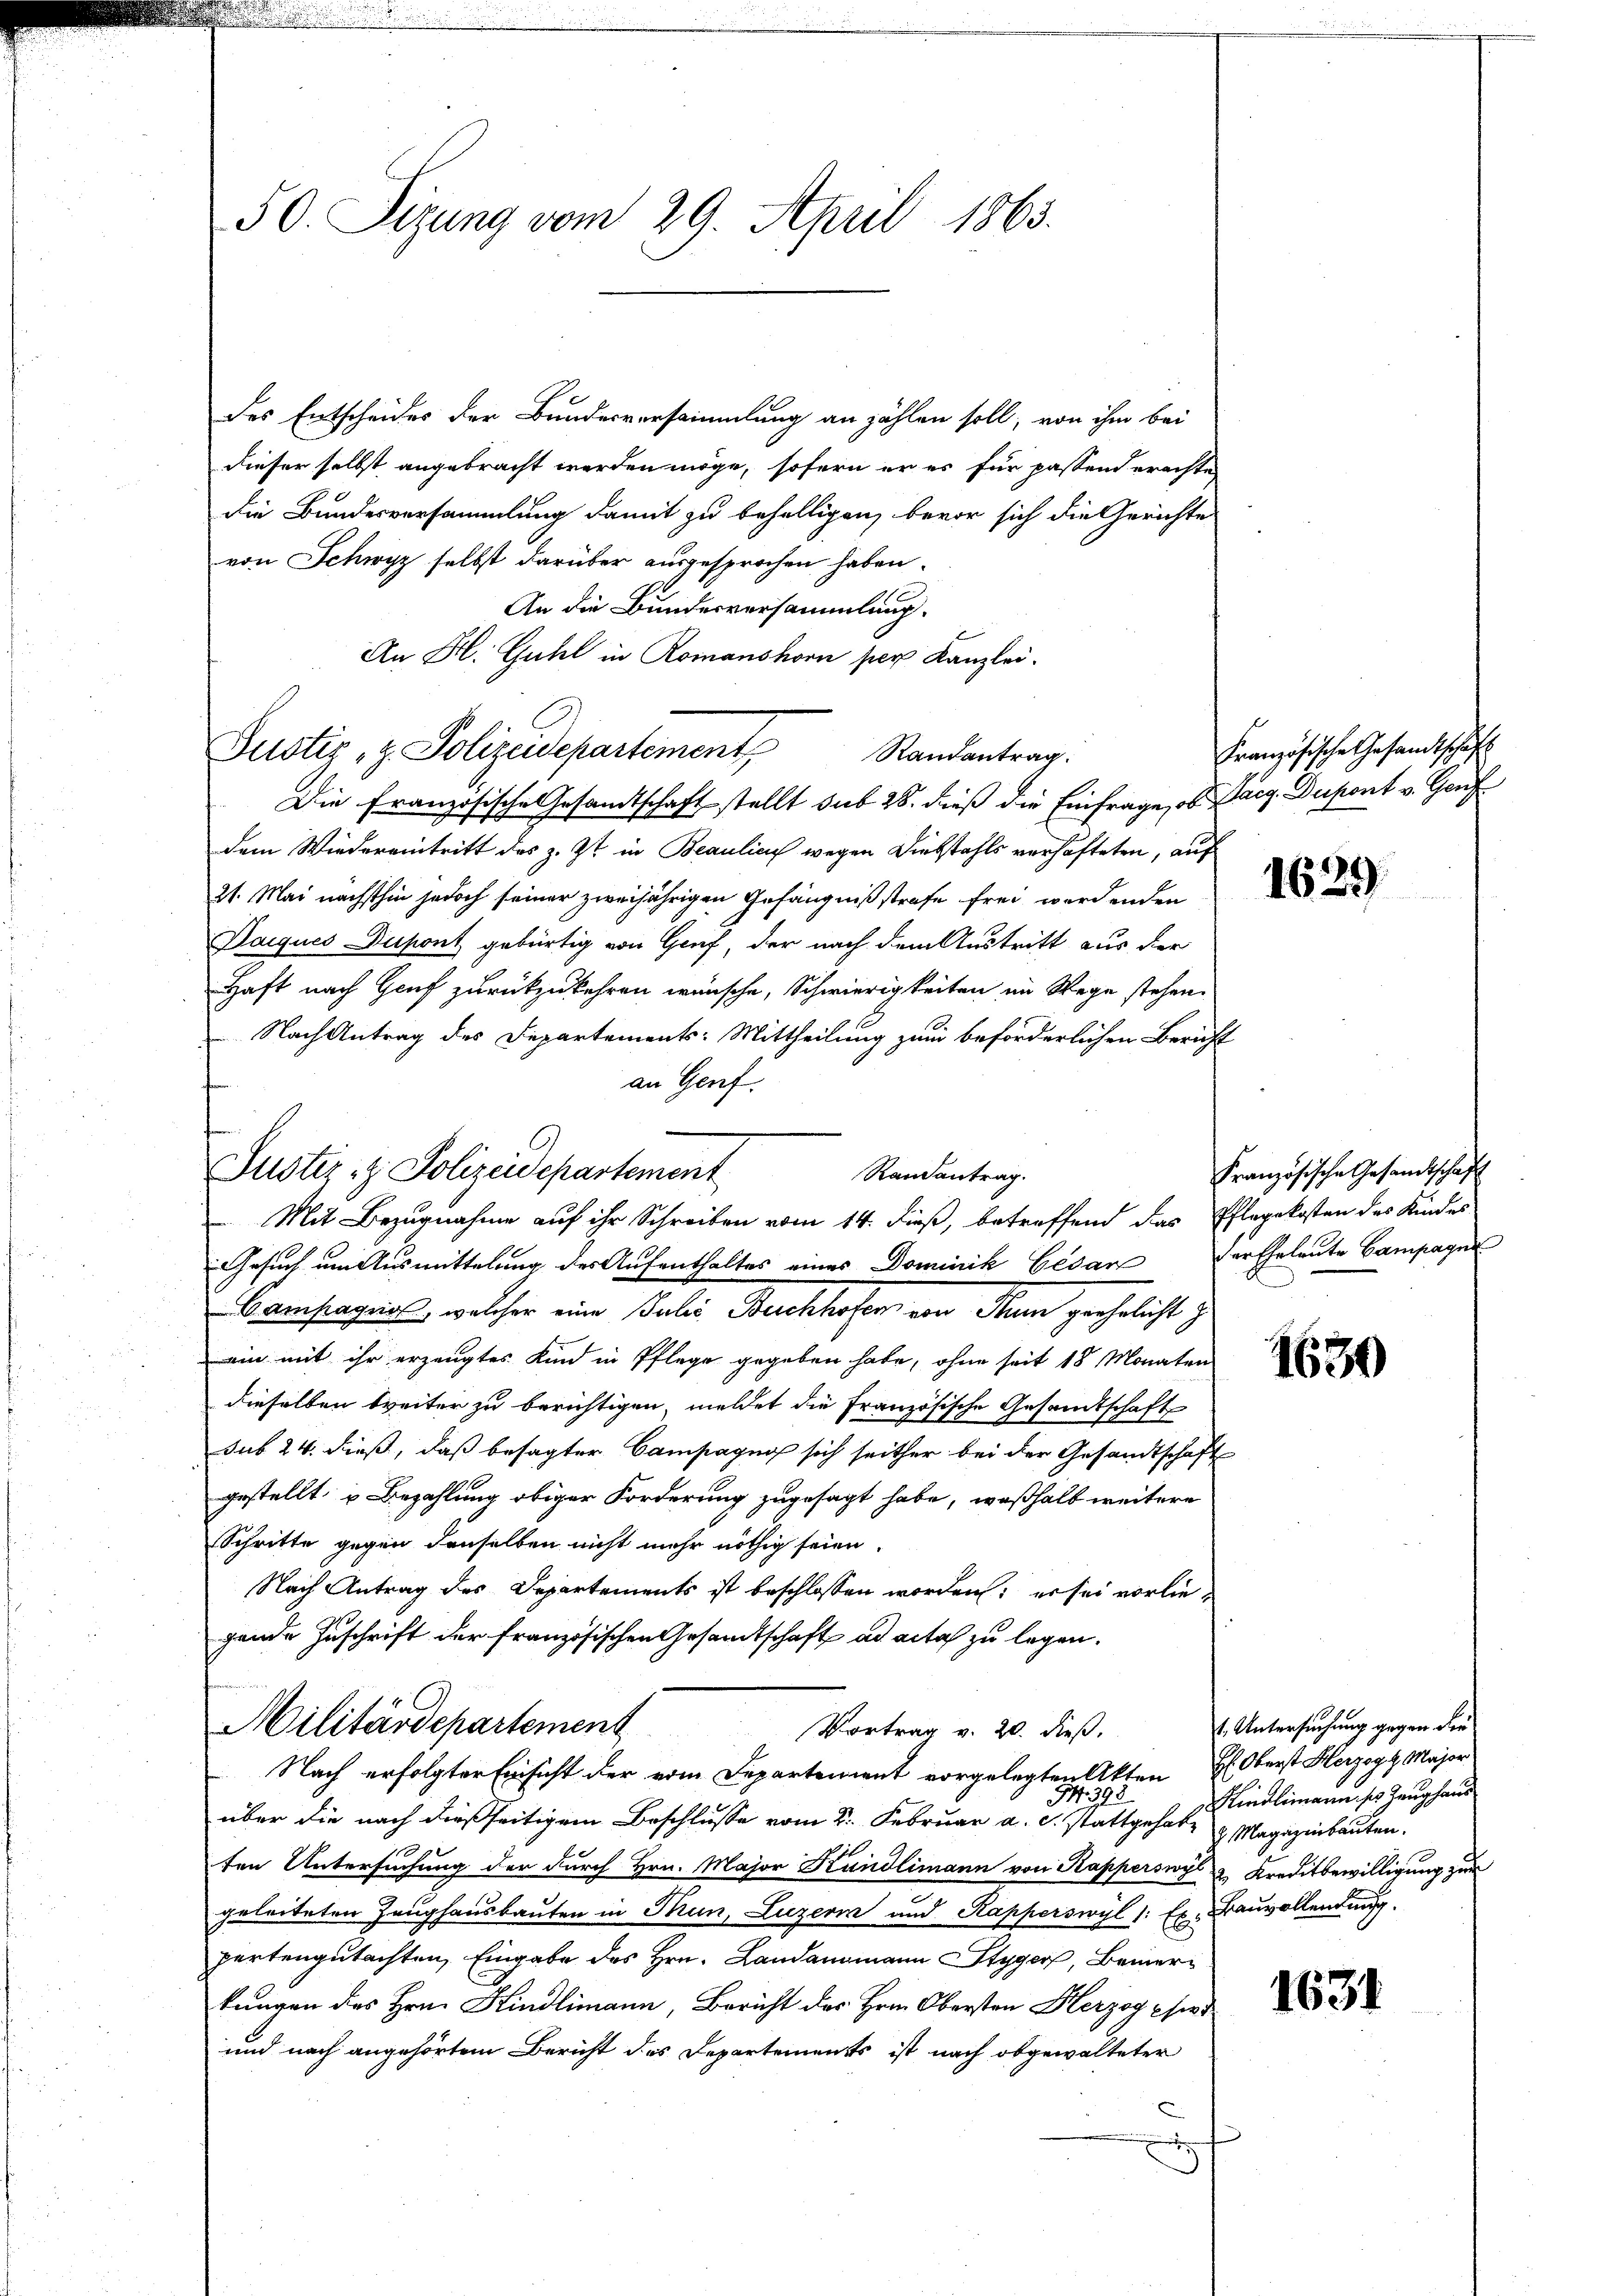
50. Sizung vom 29. April 1863.

des Entscheides der Bundesversammmlung an zählen soll, von ihm bei
dieser selbst angebracht werden möge, sofern er es für passend erachte
die Bundesversammlung damit zu behelligen, bevor sich die Gerichte
von Schwyz selbst darüber ausgesprochen haben.
An die Bundesversammlung.
An H. Guhl in Romanshorn per Kanzlei.
Justiz, z. Polizeidepartement Randantrag.
Die Französische Gesamtschaft stellt sub 28. dieß die Einfrage, ob Paeg. Dupont v. Genf
dem Wiedereintritt des z. Zt. in Beaulics wegen Diebstahls verhafteten, auf
21. Mai nächsthin jedoch seiner zweijährigen Gefängnißstrafe frei werdenden
Daiques Dupont gebürtig von Graf, der nach dem Austritt aus der
Haft nach Genf zurückzukehren wünsche, Schwierigkeiten im Wege stehen.
 Nach Antrag des Departements: Mittheilung zum beförderlichen Bericht
an Genf.
Mit Bezugnahme auf ihr Schreiben vom 14. dieß, betreffend das Pflegekosten des Kindes
Gesuch um Ausmittelung des Aufenthaltes eines Dominik Cesan der Eheleute Campagni
Bamfrages, welcher eine Paler Buchhofen, von dann geehrlicht zu
ein mit ihr erzeugtes Kind in Pflege gegeben habe, ohne seit 18 Monaten
dieselben breiter zu berichtigen, meldet die Französische Gesandtschaft
sub 24. dieß, daß besagter Campagnie sich seither bei der Gesandtschaft
gestellt, u. Bezahlung obiger Forderung zugesagt habe, weßhalb weitere
Schritte gegen denselben nicht mehr nöthig seien.
Nach Antrag des Departements ist beschlossen worden; er sei vorliegende Zuschrift der französischen Gesandtschaft ad acta zu legen.
Militärdepartement
Vortrag v. 20. dieß.
Nach erfolgter Einsicht der vom Departement vorgelegten Akten H: Oberst Herzogs Major
94. 393
über die nach dießseitigem Beschlusse vom 2. Februar a. c. stattgehabe & Magazinbauten.
ten Untersuchung der durch Hrn. Major Kundlimann von Kapperswyl & Kreditbewilligung zur
geleiteten Zeughausbauten in Mun, Luzern und Kapperswyl 1: Es Bauvollendung.
partengutachten, Eingabe des Hrn. Landammann Styger, Bemerkungen des Hrn. Hindlimann, Bericht des Hrn. Obersten Herzog sind
und nach angehörtem Bericht des Departements ist nach obgewalteter

Justiz- & Polizeidepartement

Randantrag.

Französische Gesandtschaft

1629

Französische Gesandtschaft

1630

1. Untersuchung gegen die
Kindlimann so Zeughaus

1631